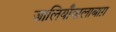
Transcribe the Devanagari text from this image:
जालियाँवालाबाग़